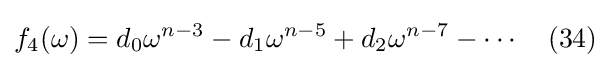
f_{4}(\omega )=d_{0}\omega ^{n-3}-d_{1}\omega ^{n-5}+d_{2}\omega ^{n-7}-\cdots \quad (34)